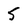
Character: 5